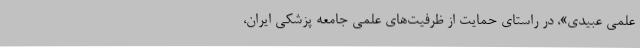
علمی عبیدی»، در راستای حمایت از ظرفیت‌های علمی جامعه پزشکی ایران،